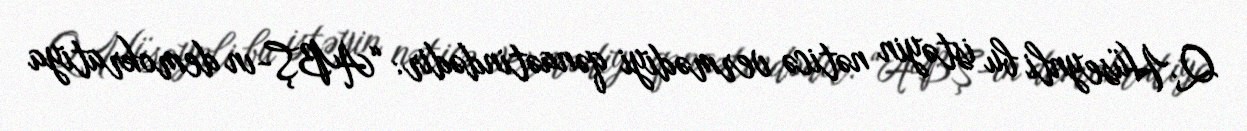
Q.Hüseynli bu istəyin nəticə vermədiyi qənaətindədir: “ABŞ-ın demokratiya